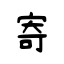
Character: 寄